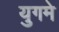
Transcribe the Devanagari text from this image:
युगमे